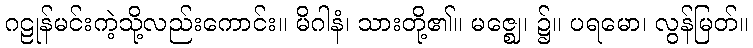
ဂဠုန်မင်းကဲ့သို့လည်းကောင်း။ မိဂါနံ၊ သားတို့၏။ မဇ္ဈေ၊ ၌။ ပရမော၊ လွန်မြတ်။